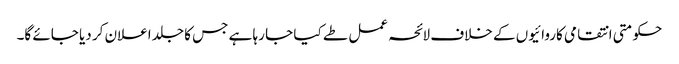
حکومتی انتقامی کاروائیوں کے خلاف لائحہ عمل طے کیا جا رہا ہے جس کا جلد اعلان کر دیا جائے گا۔